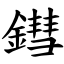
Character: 鏏